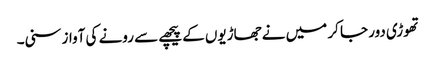
تھوڑی دور جا کر میں نے جھاڑیوں کے پیچھے سے رونے کی آواز سنی۔